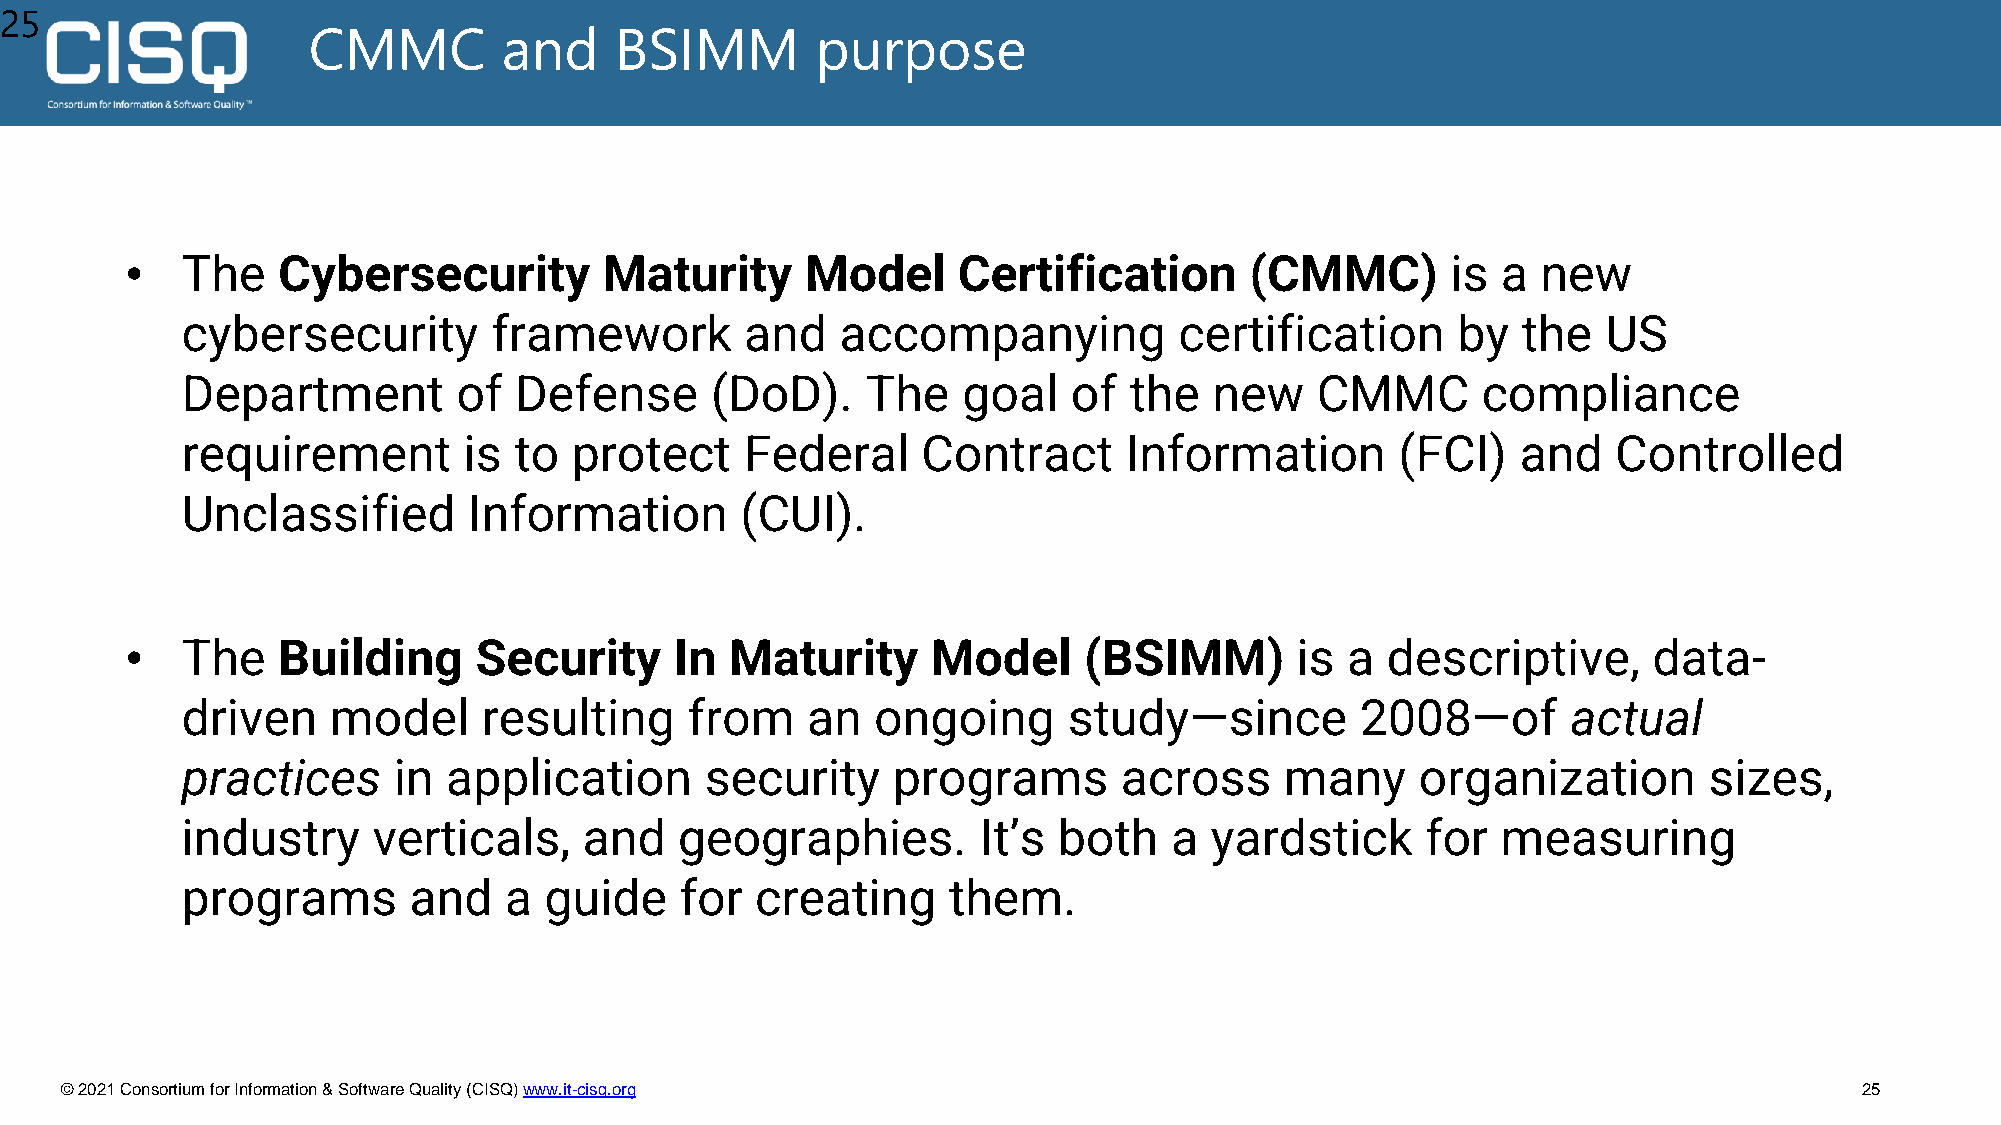
25
 CMMC         and     BSIMM        purpose
 •   The   Cybersecurity         Maturity     Model     Certification       (CMMC)       is a  new
 cybersecurity        framework       and    accompanying          certification     by   the  US
 Department        of  Defense      (DoD).    The    goal   of  the  new    CMMC       compliance
 requirement        is to  protect    Federal     Contract      Information       (FCI)   and   Controlled
 Unclassified       Information       (CUI).
 •   The   Building     Security      In Maturity      Model     (BSIMM)       is a  descriptive,     data-
 driven    model     resulting     from   an   ongoing      study—since        2008—of       actual
 practices     in  application      security    programs       across     many     organization       sizes,
 industry     verticals,    and   geographies.        It’s both   a  yardstick     for  measuring
 programs       and   a  guide    for  creating     them.
 © 2021 Consortium for Information & Software Quality (CISQ) www.it-cisq.org                                            25